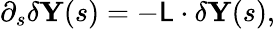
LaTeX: \partial_{s}\delta\mathbf{Y}(s)=-\mathsf{L}\cdot\delta\mathbf{Y}(s),